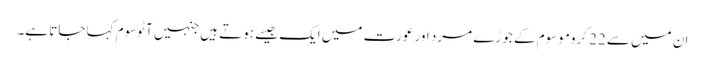
ان میں سے 22 کروموسوم کے جوڑے مرد اور عورت میں ایک جیسے ہوتے ہیں جنہیں آٹوسوم کہا جاتا ہے۔